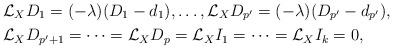
LaTeX: \begin{align*}&\mathcal{L}_{X}D_1 = (-\lambda)(D_1 - d_1), \dots, \mathcal{L}_{X}D_{p^{\prime}} = (-\lambda)(D_{p^{\prime}} - d_{p^{\prime}}),\\&\mathcal{L}_{X}D_{p^{\prime}+1} =\dots =\mathcal{L}_{X}D_{p}=\mathcal{L}_{X}I_1 =\dots = \mathcal{L}_{X}I_k =0, \end{align*}